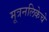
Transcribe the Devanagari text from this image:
मूत्रनलिकेचे